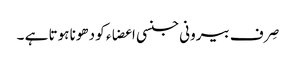
صِرف بیرونی جنسی اعضاء کو دھونا ہوتا ہے ۔